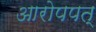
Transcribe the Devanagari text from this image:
आरोपपत्